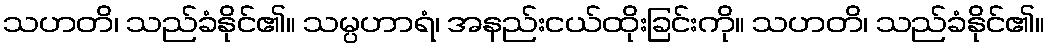
သဟတိ၊ သည်ခံနိုင်၏။ သမ္ပဟာရံ၊ အနည်းငယ်ထိုးခြင်းကို။ သဟတိ၊ သည်ခံနိုင်၏။